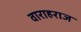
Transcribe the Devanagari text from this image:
वाराहराज